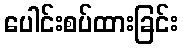
ပေါင်းစပ်ထားခြင်း